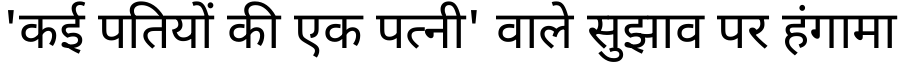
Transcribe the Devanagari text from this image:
'कई पतियों की एक पत्नी' वाले सुझाव पर हंगामा